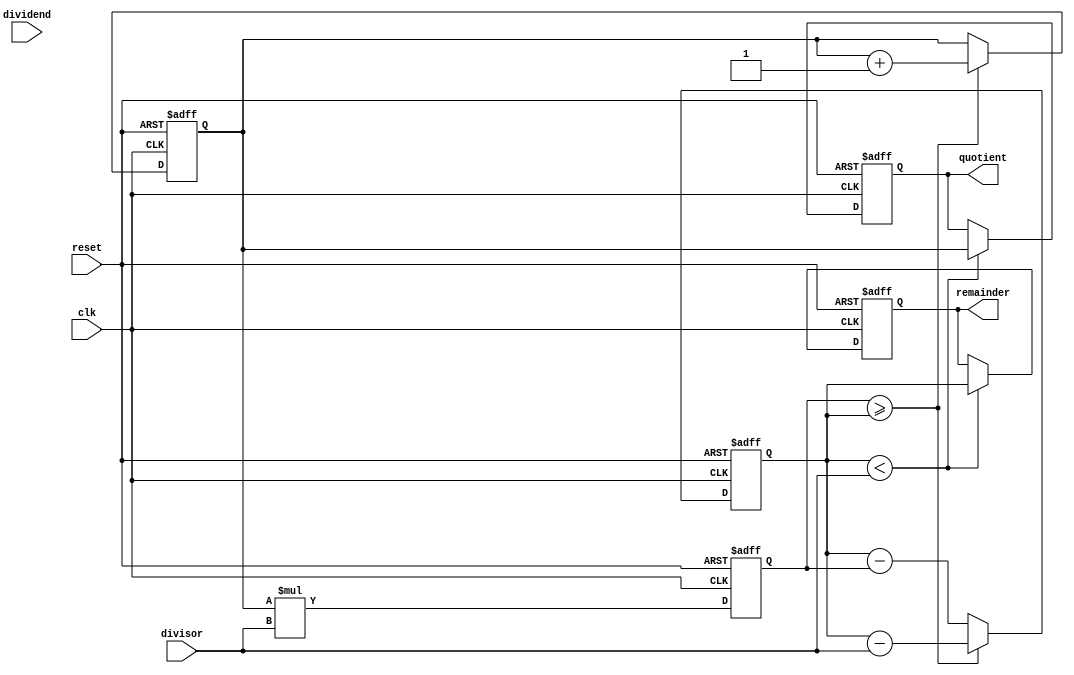
module Pipelined_Divider(
    input clk,
    input reset,
    input [31:0] dividend,
    input [31:0] divisor,
    output reg [31:0] quotient,
    output reg [31:0] remainder
);

reg [31:0] partial_quotient;
reg [31:0] partial_remainder;
reg [31:0] temp_result;

always @(posedge clk or posedge reset) begin
    if (reset) begin
        partial_quotient <= 0;
        partial_remainder <= 0;
        temp_result <= 0;
        quotient <= 0;
        remainder <= 0;
    end else begin
        temp_result <= partial_quotient * divisor;
        if (temp_result >= partial_remainder) begin
            partial_quotient <= partial_quotient + 1;
            partial_remainder <= partial_remainder - divisor;
        end else begin
            partial_remainder <= partial_remainder - temp_result;
        end
        
        if (partial_remainder < divisor) begin
            quotient <= partial_quotient;
            remainder <= partial_remainder;
        end
    end
end

endmodule